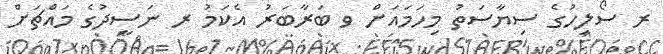
ރ ސޯލިހުގެ ސިޔާސަތު މިހަމައަށް ވ ބަރާބަރު އެކަމު ރ ނަސީދުގެ މައްޗަށް